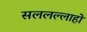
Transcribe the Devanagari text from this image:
सललल्लाहो